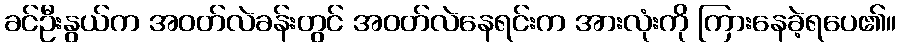
ခင်ဦးနွယ်က အဝတ်လဲခန်းတွင် အဝတ်လဲနေရင်းက အားလုံးကို ကြားနေခဲ့ရပေ၏။